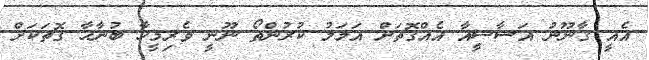
އެއީ ގާނޫނު އަސާސީއާ އެއްގޮތަށް އަމަލު ކުރުންތޯ ނޫނީ ވެރިމީހާ ބުނާހާ ގޮތަކަށް